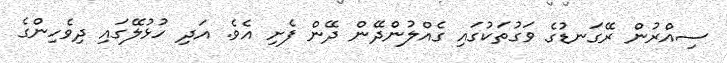
ސިއްރުން ރޭގަނޑުގެ ވަގުތަކުގައި ގެއްލުންދޭން ދޭން ފެށި އެވެ. އަދި ހުޅުލޭގައި ދިވެހިންގެ